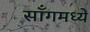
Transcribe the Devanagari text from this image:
साँगमध्ये